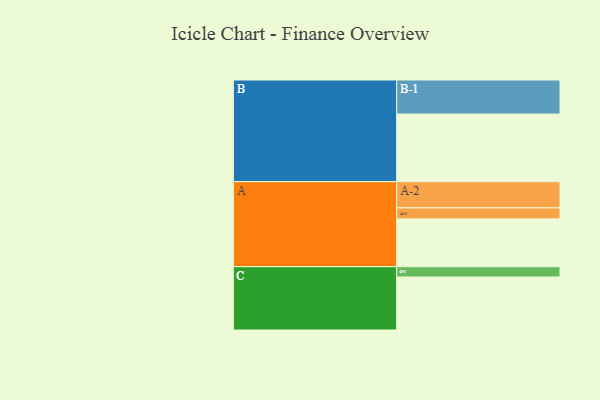
{"axis": {"x": "Segment", "y": "Value"}, "legend": ["", "A", "B", "C"], "data": [{"x": "A", "y": 396, "type": ""}, {"x": "B", "y": 560, "type": ""}, {"x": "C", "y": 439, "type": ""}, {"x": "A-1", "y": 91, "type": "A"}, {"x": "A-2", "y": 217, "type": "A"}, {"x": "B-1", "y": 282, "type": "B"}, {"x": "C-1", "y": 85, "type": "C"}]}